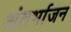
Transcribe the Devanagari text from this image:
अंतर्भाजन